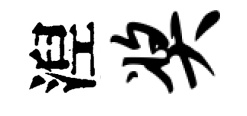
湼奖